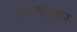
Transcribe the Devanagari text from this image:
रायगडकर